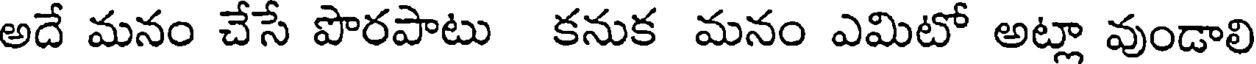
అదే మనం చేసే పొరపాటు కనుక మనం ఎమిటో అట్లా వుండాలి